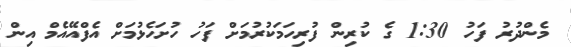
މެންދުރު ފަހު 1:30 ގެ ކުރިން ފުރިހަމަކުރުމަށް ފަހު ހުށަހެޅުމަށް އެފްއޭއެމް އިން